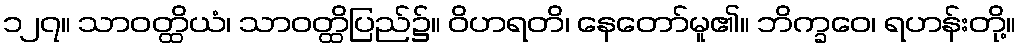
၁၂၇။ သာဝတ္ထိယံ၊ သာဝတ္ထိပြည်၌။ ဝိဟရတိ၊ နေတော်မူ၏။ ဘိက္ခဝေ၊ ရဟန်းတို့။